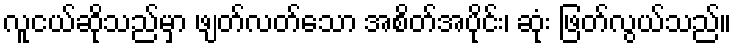
လူငယ်ဆိုသည်မှာ ဖျတ်လတ်သော အစိတ်အပိုင်း၊ ဆုံး ဖြတ်လွယ်သည်။